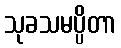
သုခသမပ္ပိတာ